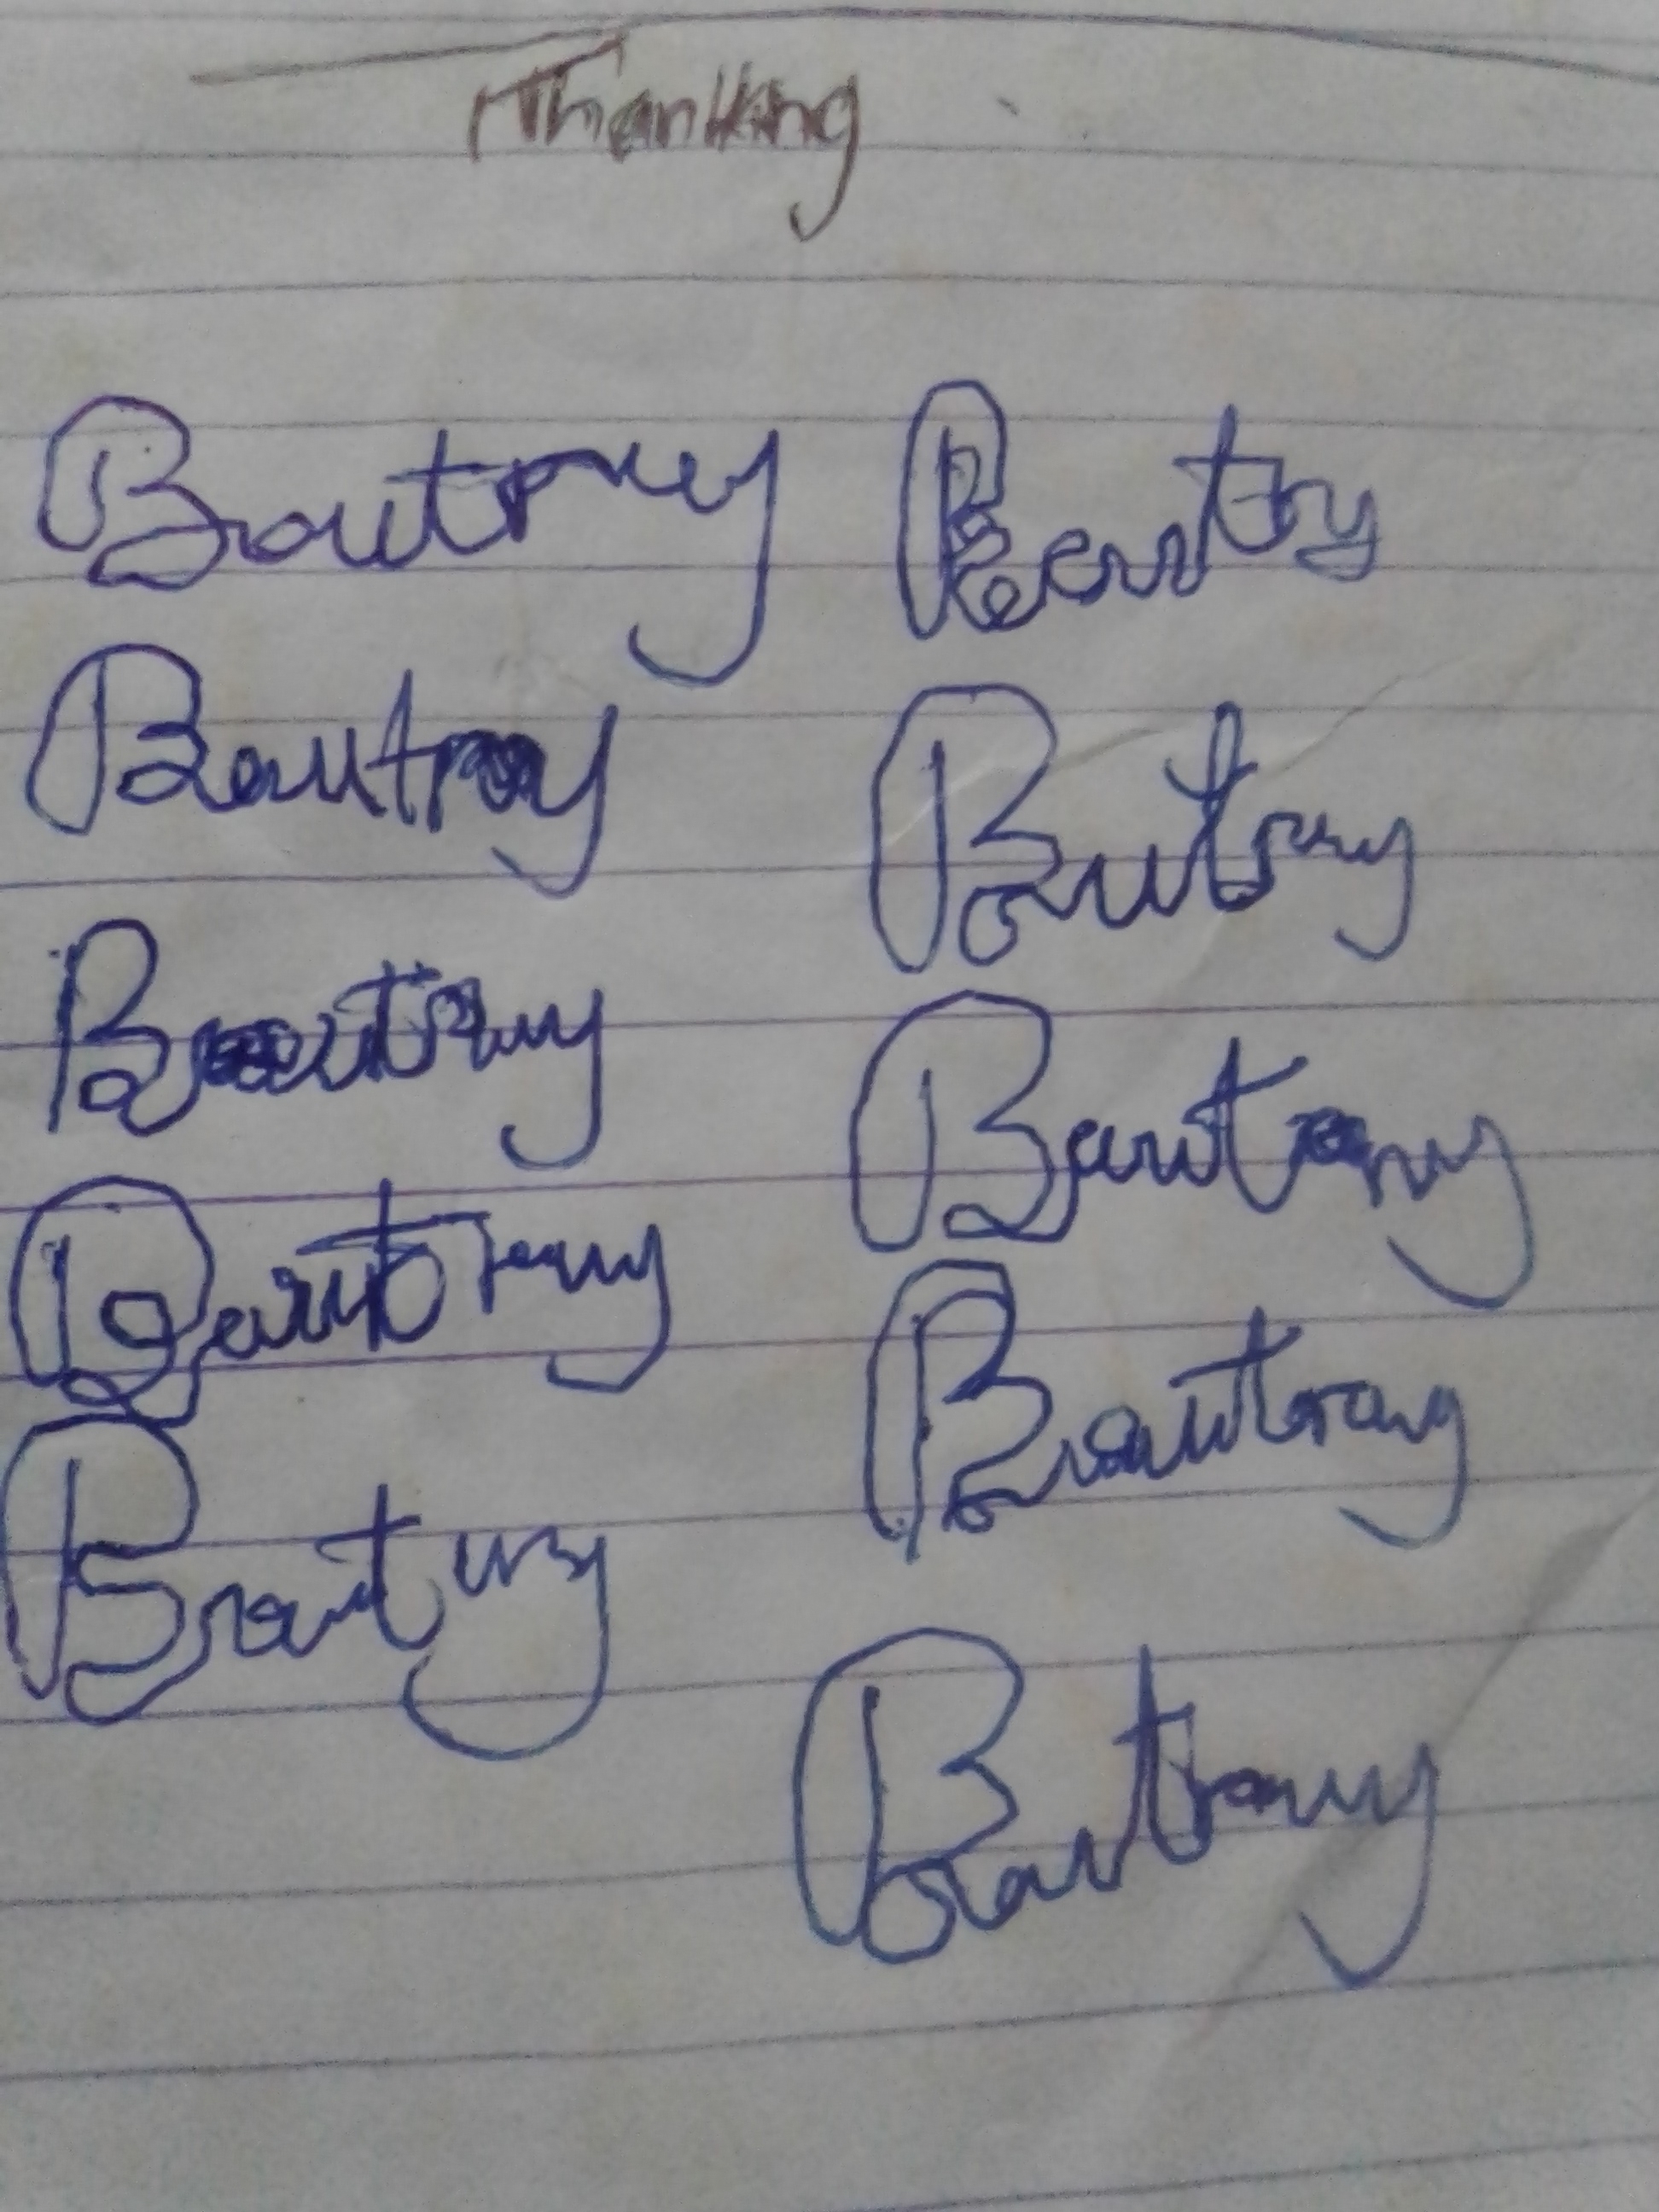
Signature authenticity: forged